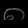
Digit: ၈